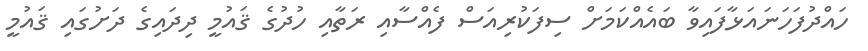
ހައްދުފަހަނައަޅާފައިވާ ބައެއްކަމަށް ސިފަކުރިއަސް ފެއްސާއި ރަތާއި ހުދުގެ ޤައުމީ ދިދައިގެ ދަށުގައި ޤައުމީ